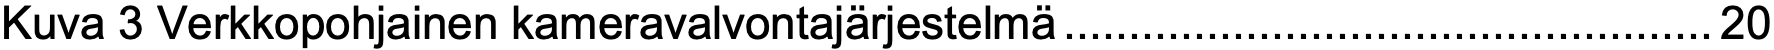
Kuva 3 Verkkopohjainen kameravalvontajärjestelmä..................................................20